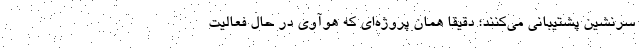
سرنشین پشتیبانی می‌کنند؛ دقیقا همان پروژه‌ای که هوآوی در حال فعالیت